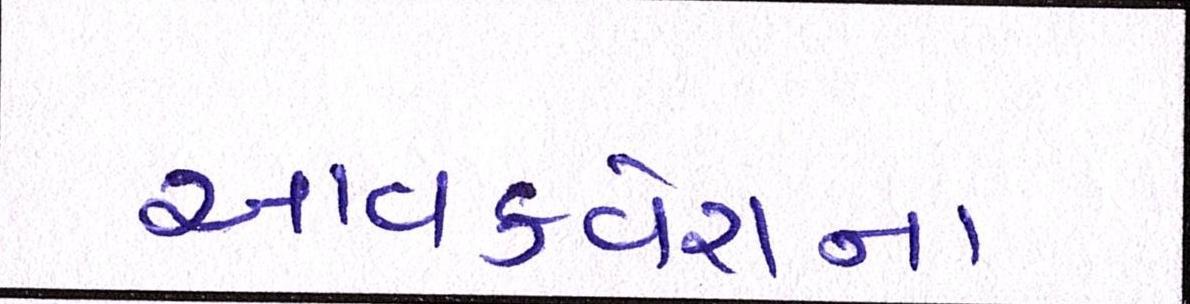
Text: આવકવેરાના